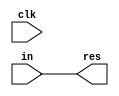
module register(input clk,input [31:0] in,output reg[31:0] res);

initial begin
res=0;
end
always @(*)begin
	res = in;
end


endmodule